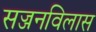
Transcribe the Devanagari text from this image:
सज्जनविलास